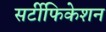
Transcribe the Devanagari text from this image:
सर्टीफिकेशन